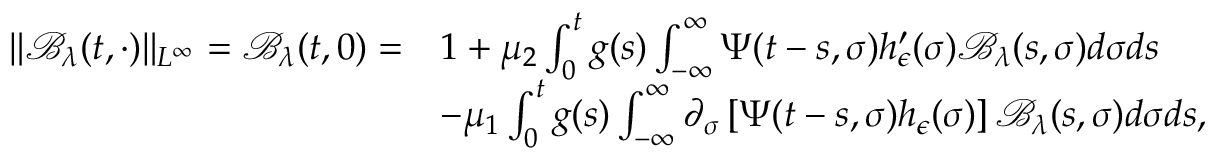
\begin{array} { r l } { \| \mathcal { B } _ { \lambda } ( t , \cdot ) \| _ { L ^ { \infty } } = \mathcal { B } _ { \lambda } ( t , 0 ) = } & { 1 + \mu _ { 2 } \int _ { 0 } ^ { t } g ( s ) \int _ { - \infty } ^ { \infty } \Psi ( t - s , \sigma ) h _ { \epsilon } ^ { \prime } ( \sigma ) \mathcal { B } _ { \lambda } ( s , \sigma ) d \sigma d s } \\ & { - \mu _ { 1 } \int _ { 0 } ^ { t } g ( s ) \int _ { - \infty } ^ { \infty } \partial _ { \sigma } \left[ \Psi ( t - s , \sigma ) h _ { \epsilon } ( \sigma ) \right] \mathcal { B } _ { \lambda } ( s , \sigma ) d \sigma d s , } \end{array}